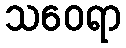
သဝေရာ